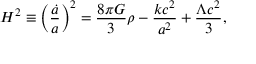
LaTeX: H ^ { 2 } \equiv \left( { \frac { \dot { a } } { a } } \right) ^ { 2 } = { \frac { 8 \pi G } { 3 } } \rho - { \frac { k c ^ { 2 } } { a ^ { 2 } } } + { \frac { \Lambda c ^ { 2 } } { 3 } } ,